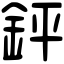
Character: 𨥾